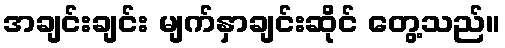
အချင်းချင်း မျက်နှာချင်းဆိုင် တွေ့သည်။